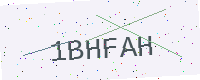
Text: 1BHFAH